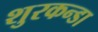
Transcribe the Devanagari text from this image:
शुरकन्डा